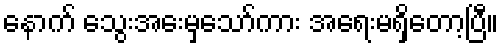
နောက် သွေးအေးမှသော်ကား အရေးမရှိတော့ပြီ။